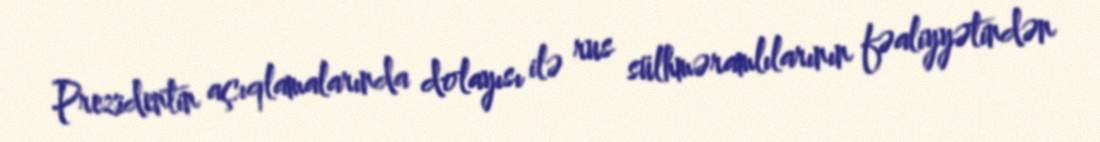
Prezidentin açıqlamalarında dolayısı ilə rus sülhməramlılarının fəaliyyətindən